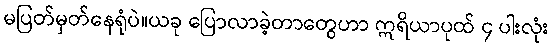
မပြတ်မှတ်နေရုံပဲ။ယခု ပြောလာခဲ့တာတွေဟာ ဣရိယာပုထ် ၄ ပါးလုံး